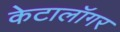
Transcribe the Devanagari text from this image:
केटालॉगर